Medical and sanitary report of the native army of Madras for the year
Year: 1876
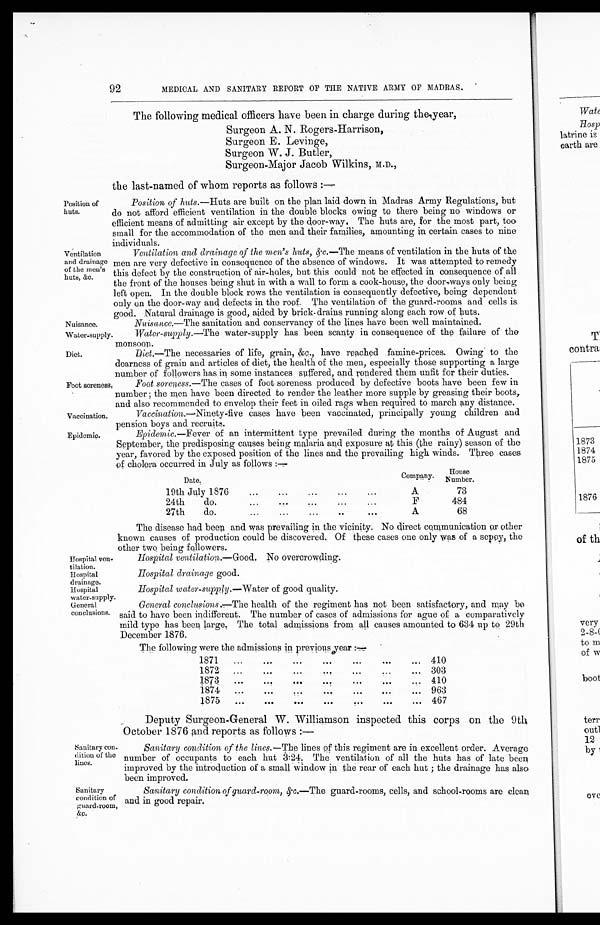
Vaccination.
Epidemic.
Hospital
water-supply.
General
conclusions.
Sanitary con-
dition of the
lines.
Sanitary
condition of
guard-room,
&c.
Position of
huts.
92
MEDICAL AND SANITARY REPORT OF THE NATIVE ARMY OF MADRAS.
The following medical officers have been in charge during the year,
Surgeon A. N. Rogers-Harrison,
Surgeon E. Levinge,
Surgeon W. J. Butler,
Surgeon-Major Jacob Wilkins, M.D.,
the last-named of whom reports as follows :—
Position of huts. —Huts are built on the plan laid down in Madras Army Regulations, but
do not afford efficient ventilation in the double blocks owing to there being no windows or
efficient means of admitting air except by the door-way. The huts are, for the most part, too
small for the accommodation of the men and their families, amounting in certain cases to nine individuals.
Ventilation
and drainage
of the men’s
huts, &c.
Nuisance.
Water-supply.
Ventilation and drainage of the men’s huts, &c.— T h e
m e a n s o f v e n t i l a t i o n i n t h e h u t s o f t h e
men are very defective in consequence of the absence of windows. It was attempted to remedy
this defect by the construction of air-holes, but this could not be effected in consequence of all
the front of the houses being shut in with a wall to form a cook-house, the door-ways only being
left open. In the double block rows the ventilation is consequently defective, being dependent
only on the door-way and defects in the roof. The ventilation of the guard-rooms and cells is.
good, Natural drainage is good, aided by brick- drains running along each row of huts.
Nuisance. —The sanitation and conservancy of the lines have been well maintained.
Water-supply. —The water-supply has been scanty in consequence of the failure of the
monsoon.
Diet.
Foot soreness.
Diet.—The necessaries of life, grain, &c., have reached famine-prices. Owing to the
dearness of grain and articles of diet, the health of the men, especially those supporting a large
number of followers has in some instances suffered, and rendered them unfit for their duties.
Foot soreness. —The cases of foot soreness produced by defective boots have been few in
n u m b e r ; t h e m e n h a v e b e e n d i r e c t e d t o r e n d e r t h e l e a t h e r m o r e s u p p l e b y g r e a s i n g t h e i r b o o t s ,
and also recommended to envelop their feet in oiled rags when required to march any distance.
Vaccination. —Ninety-five cases have been vaccinated, principally young children and
pension boys and recruits.
Epidemic. —Fever of an intermittent type prevailed during the months of August and
September, the predisposing causes being malaria and exposure at this (the rainy) season of the
year, favored by the exposed position of the lines and the prevailing high winds. Three cases
of cholera occurred in July as follows :—
Date.
Company.
House
Number.
19th July 1876
...
... ... . . .
. . .
A
73
24th
do.
... ... ... . . .
. . .
F
484
27th
do.
...
...
...
... . . .
A
68
The disease had been and was prevailing in the vicinity. No direct communication or other
known causes of production could be discovered. Of these cases one only was of a sepoy, the
other two being followers.
Hospital ven-
tilation.
Hospital
drainage.
Hospital ventilation. —Good. No overcrowding.
Hospital drainage good.
Hospital water-supply.— Water of good quality.
General conclusion.—The
health of the regiment has not been satisfactory, and may be
said to have been indifferent. The number of cases of admissions for ague of a comparatively
mild type has been large. The total admissions from all causes amounted to 634 up to 29th
December 1876.
The following were the admissions in pr evi ous year : —
1871
...
... ...
...
...
...
... 410
1872
...
... 303
1873
...
...
...
...
410
1874
...
...
......
...
... 963
1875
...
...
...
...
...
...
... 467
Deputy Surgeon-General W. Williamson inspected this corps on the 9th
October 1876 and reports as follows :—
Sanitary condition of the lines. —The lines of this regiment are in excellent order. Average
number of occupants to each hut 3.24. The ventilation of all the huts has of late been
improved by the introduction of a small window in the rear of each hut; the drainage has also
been improved.
Sanitary condition of guard-room, & c.—The guard-rooms, cells, and school-rooms are clean
and in good repair.